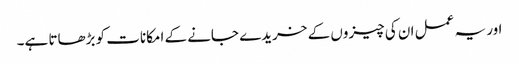
اور یہ عمل ان کی چیزوں کے خریدے جانے کے امکانات کو بڑھاتا ہے۔